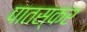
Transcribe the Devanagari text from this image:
पातस्कर